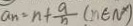
a _ { n } = n + \frac { 9 } { 5 } ( m \in N ^ { \prime } )